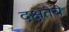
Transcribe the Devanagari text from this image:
दक्षतेचे